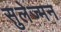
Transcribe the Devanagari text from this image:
सुलेज्मन